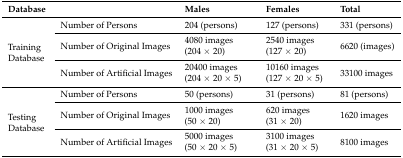
<table><thead><tr><td colspan="2"><b>Database</b></td><td><b>Males</b></td><td><b>Females</b></td><td><b>Total</b></td></tr></thead><tbody><tr><td rowspan="3">Training Database</td><td>Number of Persons</td><td>204 (persons)</td><td>127 (persons)</td><td>331 (persons)</td></tr><tr><td>Number of Original Images</td><td>4080 images (204 × 20)</td><td>2540 images (127 × 20)</td><td>6620 (images)</td></tr><tr><td>Number of Artificial Images</td><td>20400 images (204 × 20 × 5)</td><td>10160 images (127 × 20 × 5)</td><td>33100 images</td></tr><tr><td rowspan="3">Testing Database</td><td>Number of Persons</td><td>50 (persons)</td><td>31 (persons)</td><td>81 (persons)</td></tr><tr><td>Number of Original Images</td><td>1000 images (50 × 20)</td><td>620 images (31 × 20)</td><td>1620 images</td></tr><tr><td>Number of Artificial Images</td><td>5000 images (50 × 20 × 5)</td><td>3100 images (31 × 20 × 5)</td><td>8100 images</td></tr></tbody></table>